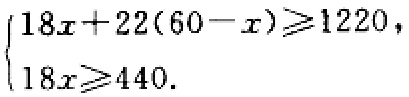
\(\begin{cases}18x + 22(60 - x)\geqslant1220,\\18x\geqslant440.\end{cases}\)